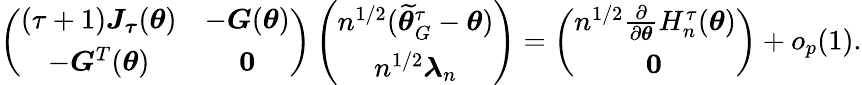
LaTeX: \left(\begin{array}{cc}{\left(\tau+1\right)\boldsymbol{J}_{\boldsymbol{\tau}}(\boldsymbol{\theta})}&{-\boldsymbol{G}(\boldsymbol{\theta})}\\ {-\boldsymbol{G}^{T}(\boldsymbol{\theta})}&{\boldsymbol{0}}\end{array}\right)\left(\begin{array}{c}{n^{1/2}(\widetilde{\boldsymbol{\theta}}_{G}^{\tau}-\boldsymbol{\theta})}\\ {n^{1/2}\boldsymbol{\lambda}_{n}}\end{array}\right)=\left(\begin{array}{c}{n^{1/2}\frac{\partial}{\partial\boldsymbol{\theta}}H_{n}^{\tau}(\boldsymbol{\theta})}\\ {\boldsymbol{0}_{}}\end{array}\right)+o_{p}(1).